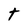
Character: t